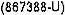
(867388-U)